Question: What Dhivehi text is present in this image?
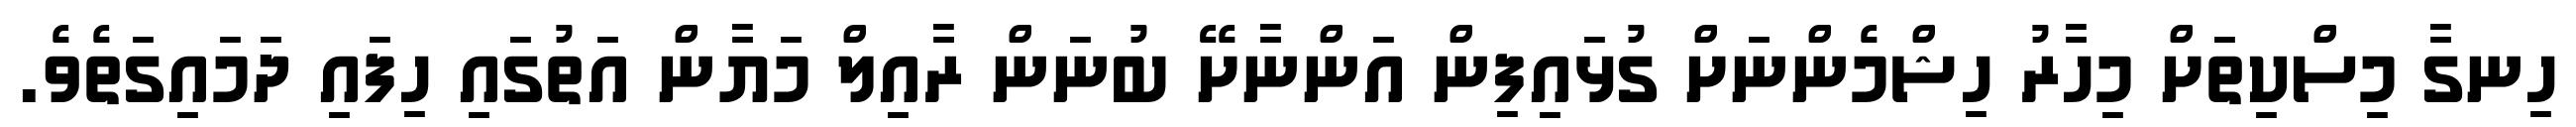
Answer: ހިނގާ މިސްކިތަށް މިހާރު ހިޝްމެންނަށް ގުޅައިފިން އަންނާށޭ ބުނަން ރާއިލް މަޔާން އަތުގައި ހިފައި ދަމައިގަތެވެ.